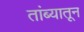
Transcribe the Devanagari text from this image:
तांब्यातून